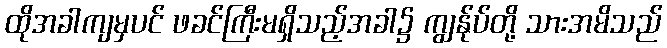
ထိုအခါကျမှပင် ဖခင်ကြီးမရှိသည့်အခါ၌ ကျွန်ုပ်တို့ သားအမိသည်